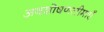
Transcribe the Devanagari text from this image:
अवशोषणसीमाएँ